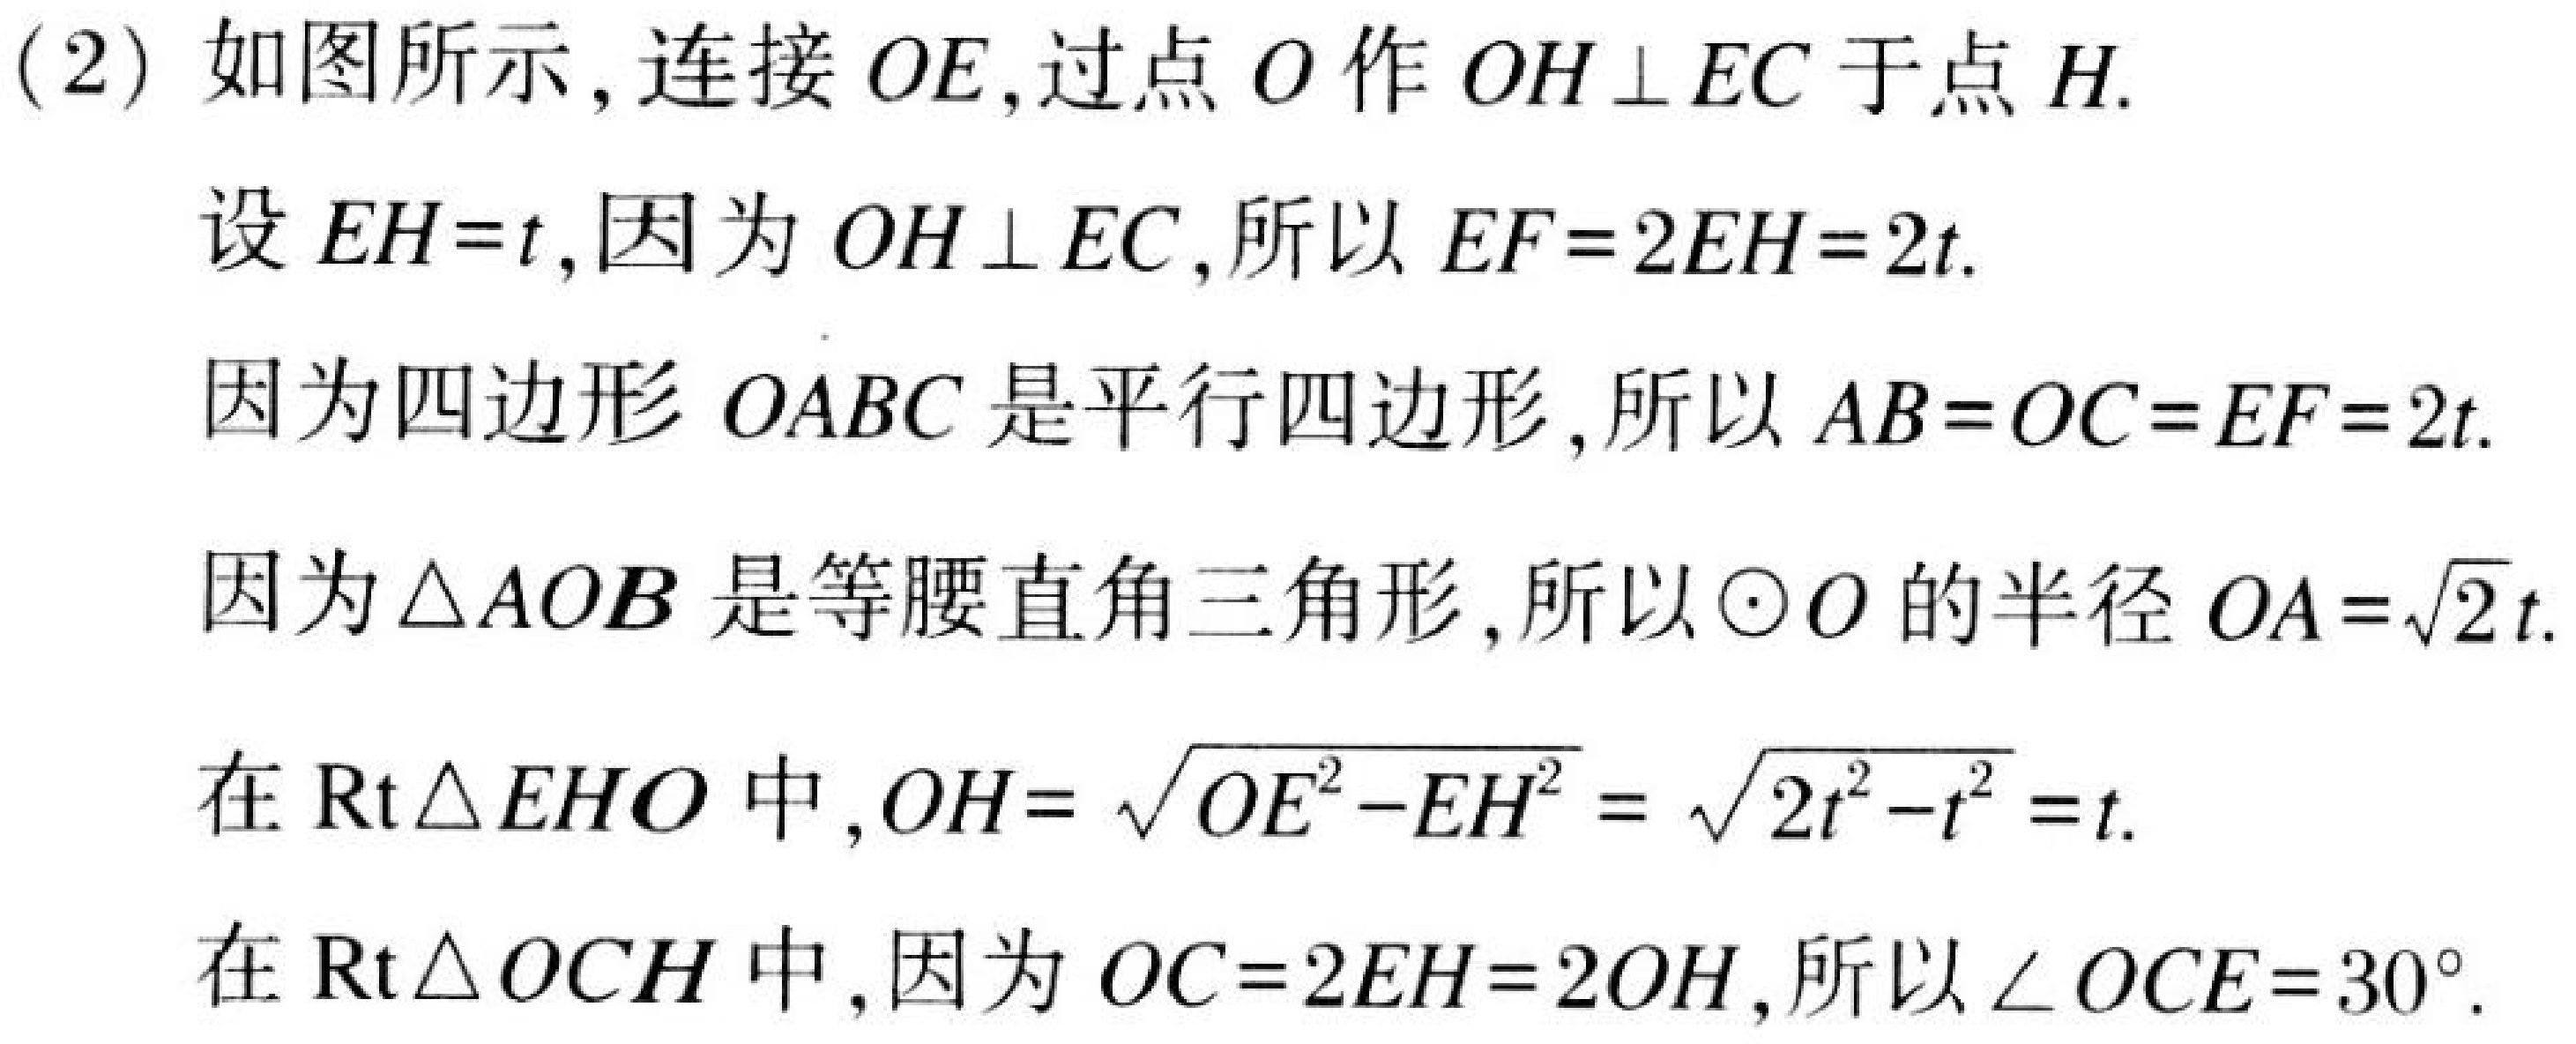
(2) 如图所示，连接 \(OE\)，过点 \(O\) 作 \(OH\bot EC\) 于点 \(H\).
设 \(EH = t\)，因为 \(OH\bot EC\)，所以 \(EF = 2EH=2t\).
因为四边形 \(OABC\) 是平行四边形，所以 \(AB = OC = EF = 2t\).
因为 \(\triangle AOB\) 是等腰直角三角形，所以 \(\odot O\) 的半径 \(OA=\sqrt{2}t\).
在 \(\text{Rt}\triangle EHO\) 中，\(OH = \sqrt{OE^{2}-EH^{2}}=\sqrt{2t^{2}-t^{2}}=t\).
在 \(\text{Rt}\triangle OCH\) 中，因为 \(OC = 2EH = 2OH\)，所以 \(\angle OCE = 30^{\circ}\).